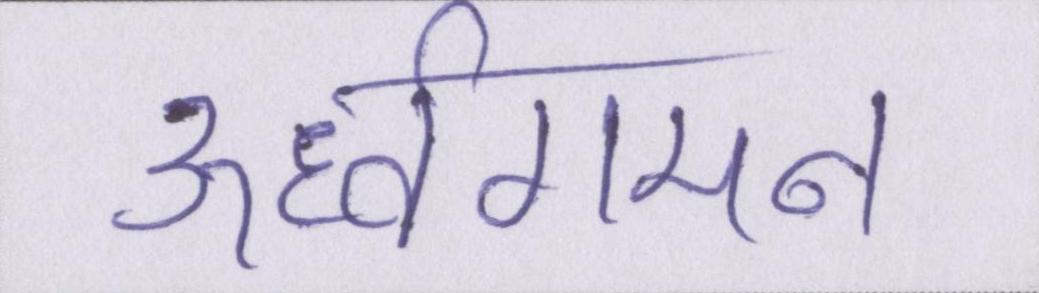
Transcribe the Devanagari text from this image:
ऊर्ध्वगमन